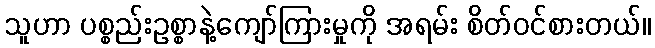
သူဟာ ပစ္စည်းဥစ္စာနဲ့ကျော်ကြားမှုကို အရမ်း စိတ်ဝင်စားတယ်။